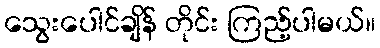
သွေးပေါင်ချိန် တိုင်း ကြည့်ပါမယ်။